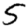
Digit: 5